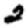
Digit: 2